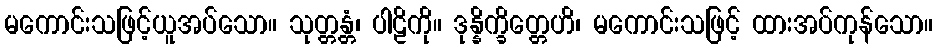
မကောင်းသဖြင့်ယူအပ်သော။ သုတ္တန္တံ၊ ပါဠိကို။ ဒုန္နိက္ခိတ္တေဟိ၊ မကောင်းသဖြင့် ထားအပ်ကုန်သော။